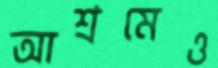
আশ্রমেও